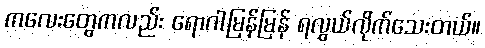
ကလေးတွေကလည်း ရောဂါမြန်မြန် ရလွယ်လိုက်သေးတယ်။